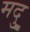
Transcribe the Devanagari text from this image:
मदु